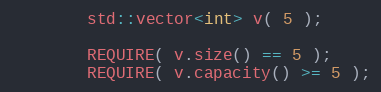
Language: C++
        std::vector<int> v( 5 );

        REQUIRE( v.size() == 5 );
        REQUIRE( v.capacity() >= 5 );